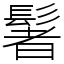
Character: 䰇